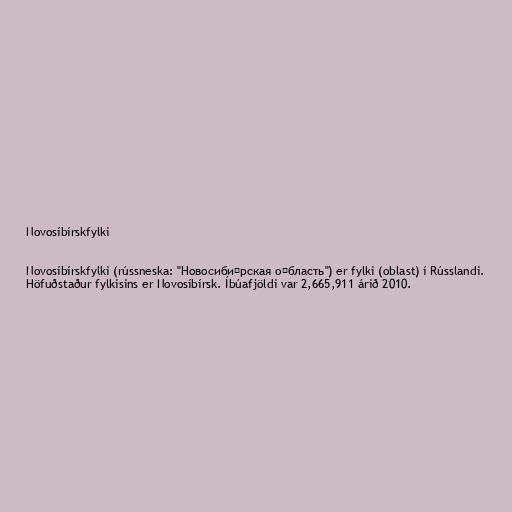
Novosíbírskfylki

Novosíbírskfylki (rússneska: "Новосиби́рская о́бласть") er fylki (oblast) í Rússlandi.
Höfuðstaður fylkisins er Novosíbírsk. Íbúafjöldi var 2,665,911 árið 2010.